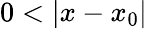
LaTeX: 0<|x-x_{0}|